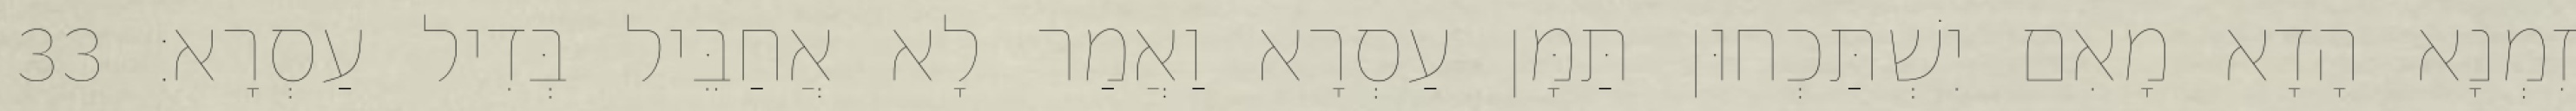
זִמְנָא הָדָא מָאִם יִשְׁתַּכְחוּן תַּמָּן עַסְרָא וַאֲמַר לָא אֲחַבֵּיל בְּדִיל עַסְרָא׃ 33